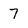
Character: 7